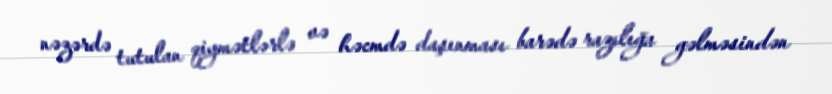
nəzərdə tutulan qiymətlərlə və həcmdə daşınması barədə razılığa gəlməsindən